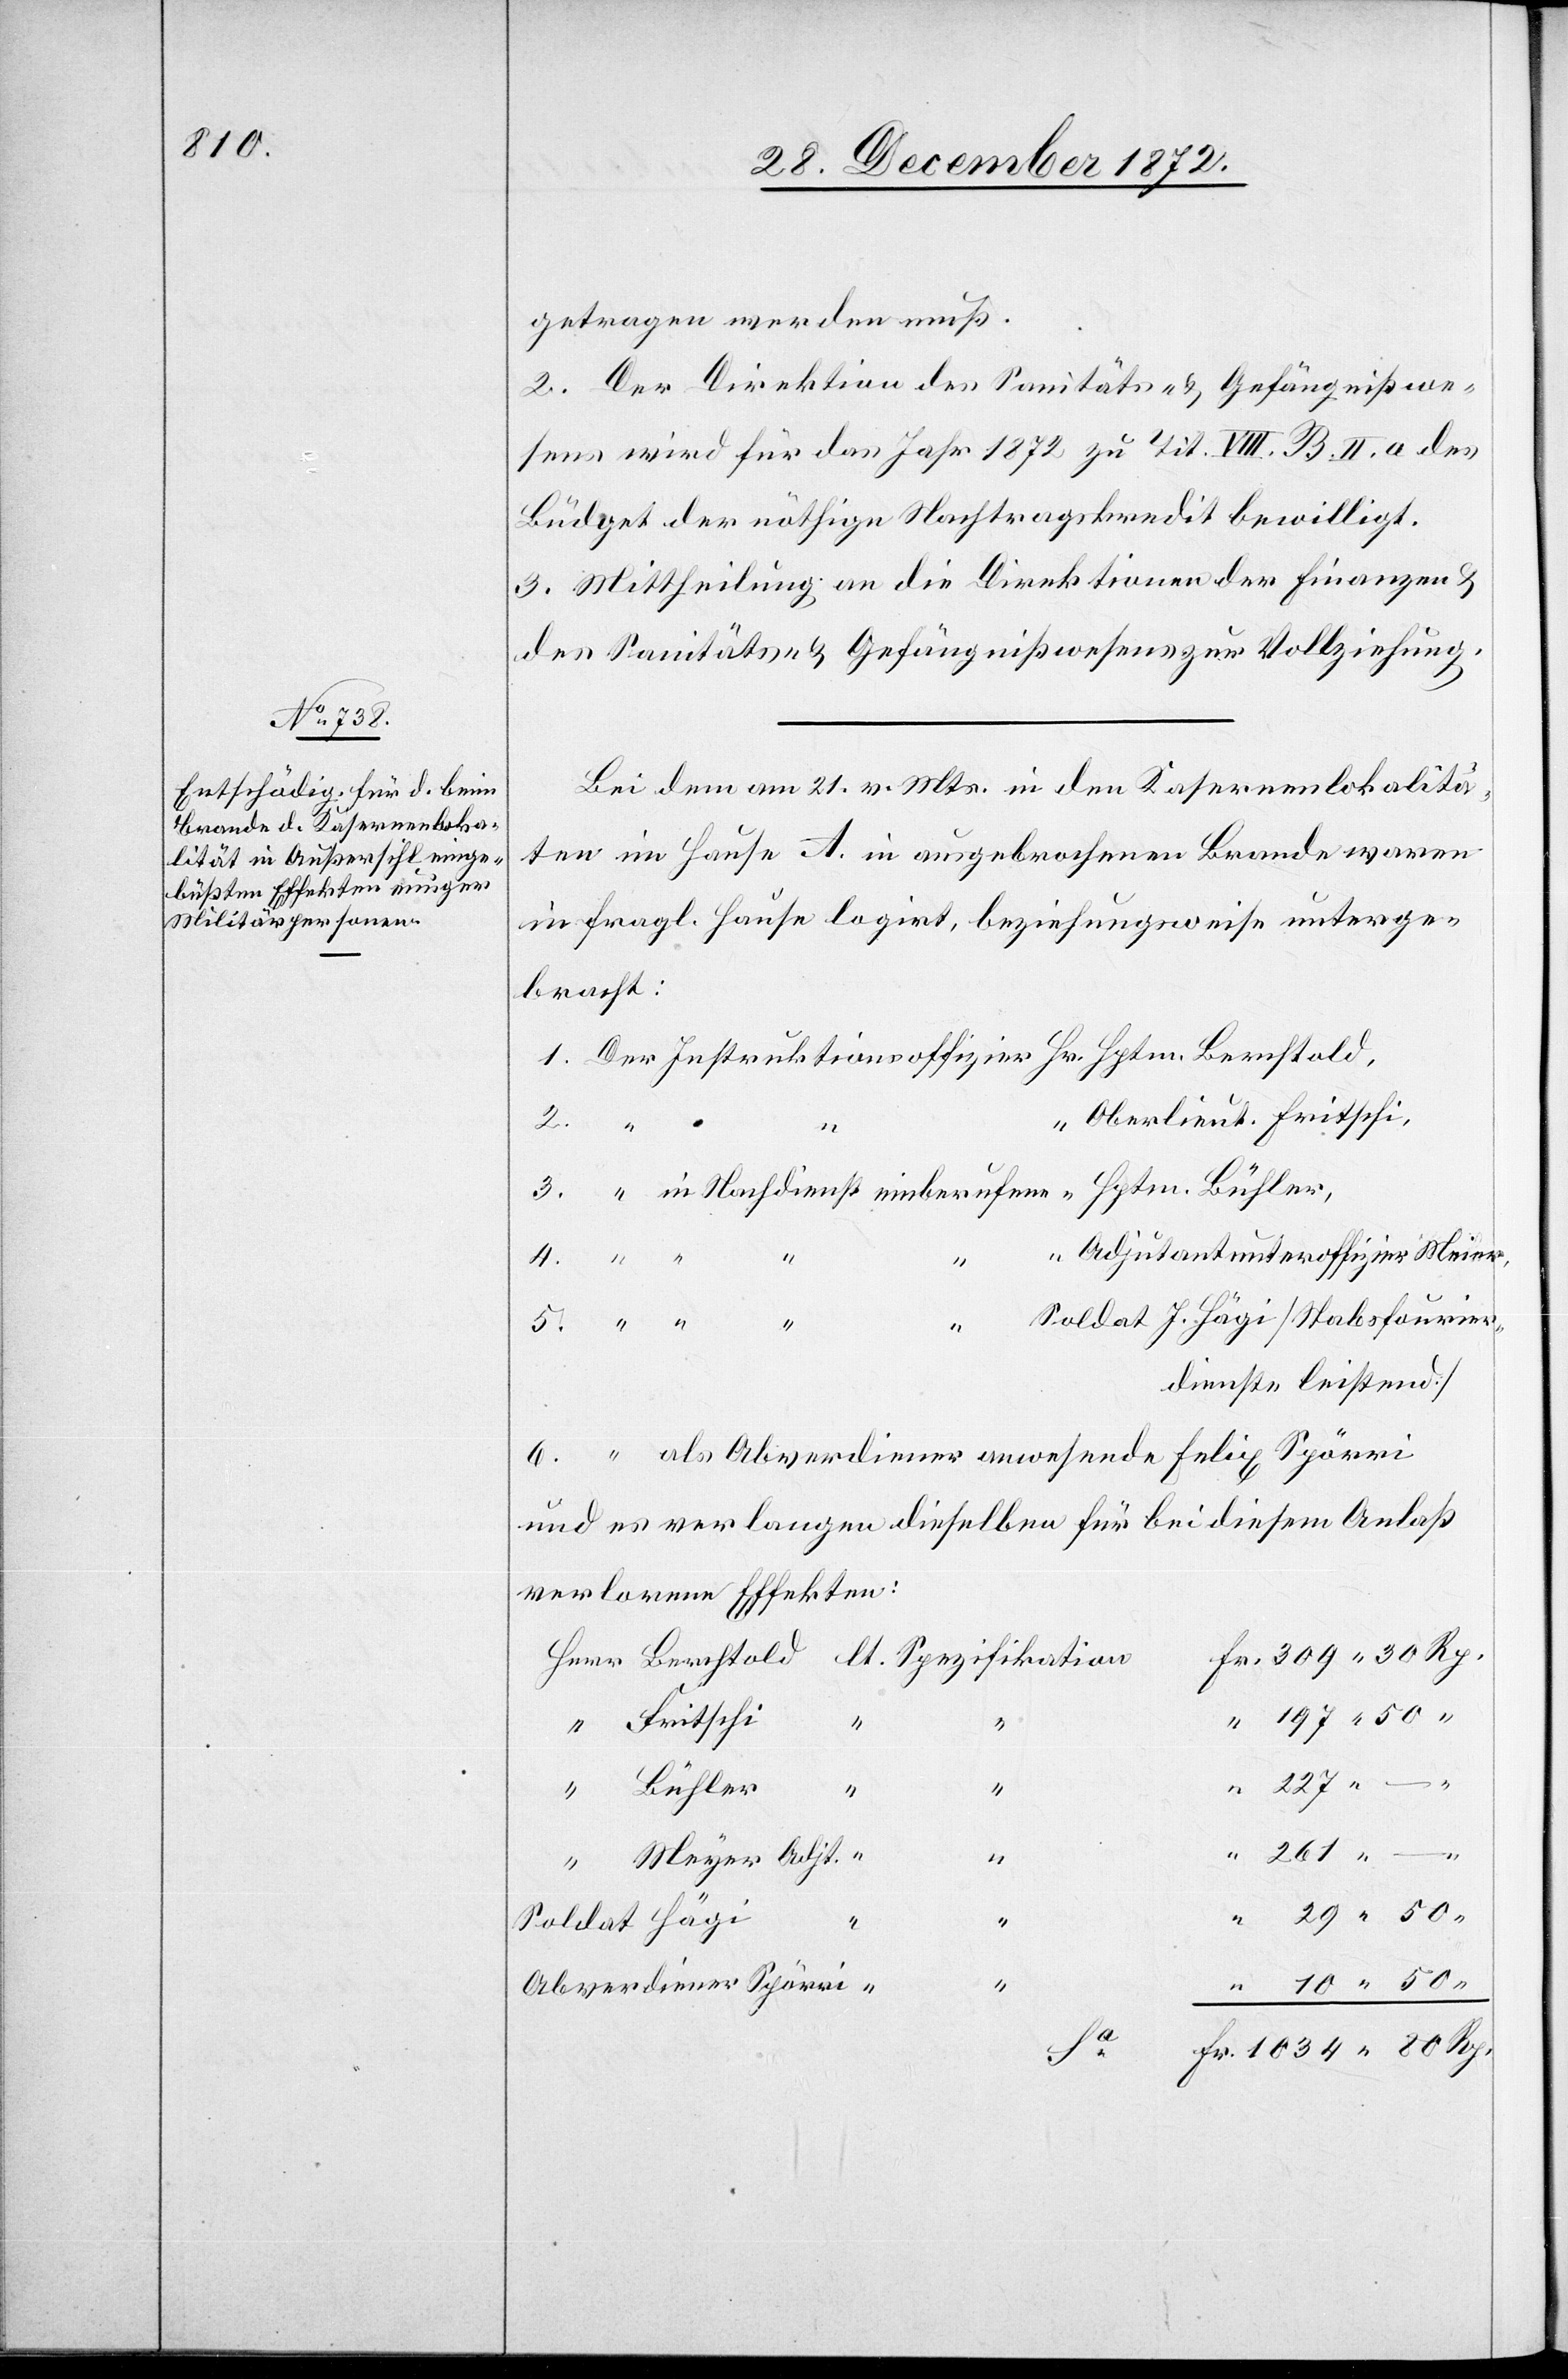
getragen werden muß.
2. Der Direktion des Sanitäts- u. Gefängnißwe¬
sens wird für das Jahr 1872 zu Tit. VIII. B. II. a des
Büdget der nöthige Nachtragskredit bewilligt.
3. Mittheilung an die Direktionen der Finanzen u.
des Sanitäts- u. Gefängnißwesens zur Vollziehung.
Bei dem am 21. v. Mts. in den Kasernenlokalitä¬
ten im Hause A. in [sic!] ausgebrochenen Brande waren
in fragl. Hause logirt, beziehungsweise unterge¬
bracht:
Oberlieut. Fritschi,
lt.
Adjutantunteroffizier Meier,
10
Soldat J. Hägi [Stabsfourier¬
80 Rp.
dienste leistend]
und es verlangen dieselben für bei diesem Anlaß
verlorene Effekten:
“
Fritschi
2.
m. Bühler,
4.
“
Meyer Adjt.
“
261
Abverdiener Spörri